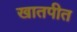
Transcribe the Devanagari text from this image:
खातपीत